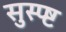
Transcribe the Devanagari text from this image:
सुस्प्ष्ट